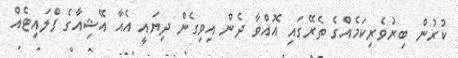
ކުރުން ބިރުވެރިކަމެއްގެ ތެރޭގައި އޮއްވާ ދެން އިވިގެން ދިޔައީ އެއާ އޭޝިއާގެ ފްލައިޓެއް